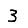
Digit: 3